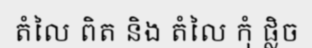
តំលៃ ពិត និង តំលៃ កុំ ផ្លិច